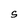
Character: S